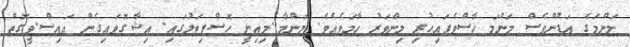
މަންމަގެ އަޑުންވެސް މަންމަ ހާސްވެފައިހުރި މިންވަރު ހާމަވެއެވެ. މަންމާ..މިއިނީ ހޮސްޕިޓަލުގައި. އިޝާގޮވައިގެން އައިސް.ވީގޮތް